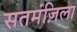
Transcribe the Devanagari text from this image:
सतमंज़िला